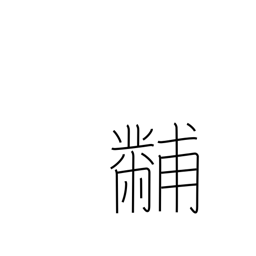
Meaning: embroidery